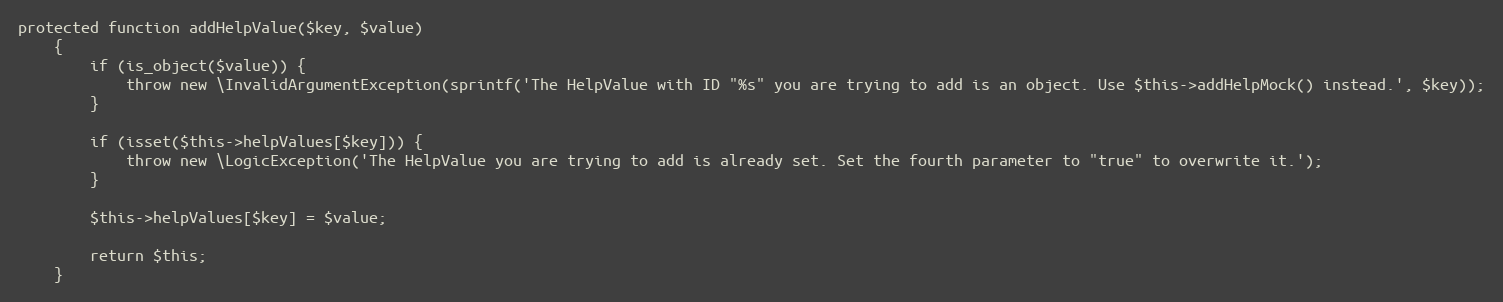
Language: PHP
protected function addHelpValue($key, $value)
    {
        if (is_object($value)) {
            throw new \InvalidArgumentException(sprintf('The HelpValue with ID "%s" you are trying to add is an object. Use $this->addHelpMock() instead.', $key));
        }

        if (isset($this->helpValues[$key])) {
            throw new \LogicException('The HelpValue you are trying to add is already set. Set the fourth parameter to "true" to overwrite it.');
        }

        $this->helpValues[$key] = $value;

        return $this;
    }